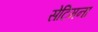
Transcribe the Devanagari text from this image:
सेटिमना